Veterinary [1916] -
Year: 1916
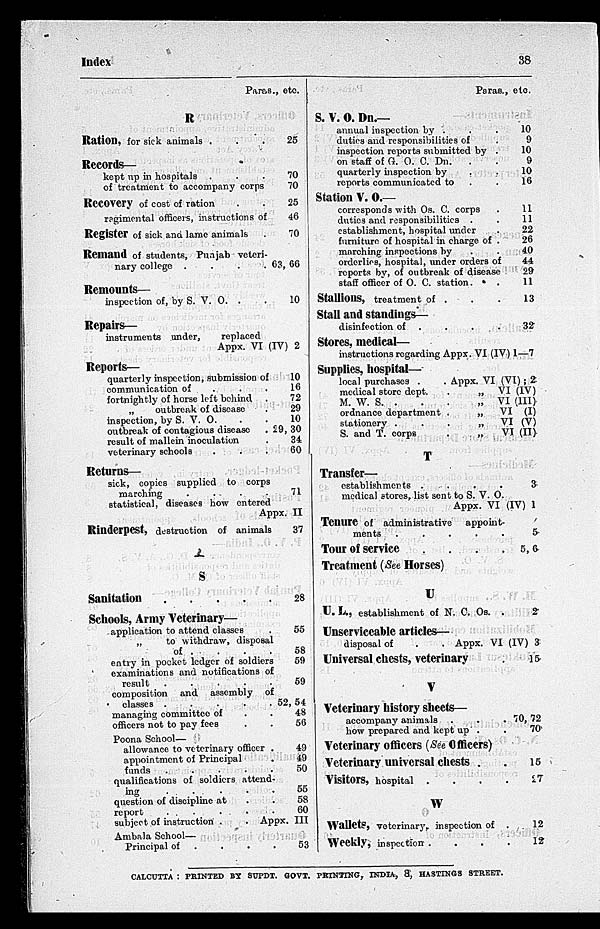
Index
38
Paras., etc.
R
Ration, for sick animals . . .
Records—
kept up in hospitals . . .
of treatment to accompany corps
Recovery of cost of ration . .
regimental officers, instructions of
Register of sick and lame animals .
Remand of students, Punjab veteri-
nary college .
.
.
.
Remounts—
inspection of, by S. V. O. .
Repairs—
instruments under,
replaced
25
70
70
25
46
70
63, 66
10
Appx. VI (IV) 2
Reports—
quarterly inspection, submission of
10
communication of . . .
fortnightly of horse left behind .
„
outbreak of disease .
inspection, by S. V. O.
outbreak of contagious disease
.
result of mallein inoculation .
veterinary schools . . .
Returns—
sick, copies supplied to corps
marching
.
.
.
.
statistical, diseases how entered
16
72
29
10
29, 30
34
60
71
Appx. II
Rinderpest, destruction of animals
S
Sanitation
.
.
.
.
.
Schools, Army Veterinary—
application to attend classes .
„
to withdraw, disposal
of . . . .
entry in pocket ledger of soldiers
examinations and notifications of
result
.
.
.
.
.
composition and assembly of
classes .
.
.
.
.
managing committee of . .
officers not to pay fees . .
Poona School—
allowance to veterinary officer .
appointment of Principal .
funds
.
.
.
.
.
qualifications of soldiers attend-
ing . . . .
question of discipline at . .
report
.
.
.
.
.
37
28
55
58
59
59
52, 54
48
56
49
49
50
55
58
60
subject of instruction .
. Appx. III
Ambala School—
Principal of . . . .
53
Paras., etc.
S. V. O. Dn.—
annual inspection by . . .
duties and responsibilities of .
inspection reports submitted by .
on staff of G. O. C. Dn.
. .
quarterly inspection by . .
reports communicated to . .
Station V. O.—
corresponds with Os. C. corps .
duties and responsibilities . .
establishment, hospital under .
furniture of hospital in charge of .
marching inspections by . .
orderlies, hospital, under orders of
reports by, of outbreak of disease
staff officer of O. C. station. . .
Stallions, treatment of . . .
Stall and standings—
disinfection of . . . .
Stores, medical—
10
9
10
9
10
16
11
11
22
26
40
44
29
11
13
32
instructions regarding Appx. VI (IV)1—7
Supplies, hospital—
local purchases .
. Appx. VI (VI) ; 2
medical store dept.
.
„ VI (IV)
M. W. S
.
.
.
„
VI (III)
ordnance department .
„
VI (I)
stationery ...
„
VI (V)
S. and T. corps
.
„
VI (II)
T
Transfer—
establishments . . . .
3
medical stores, list sent to S. V. O.
Appx. VI (IV) 1
Tenure of administrative
appoint-
ments
.
.
.
.
.
Tour of service
.
.
.
.
Treatment (See Horses)
U
U.L., establishment of N. C. Os. .
Unserviceable articles—
5
5, 6
2
disposal of
.
. Appx. VI (IV) 3
Universal chests, veterinary .
V
Veterinary history sheets—
accompany animals .
.
.
how prepared and kept up . .
Veterinary officers (See Officers)
Veterinary universal chests . .
Visitors, hospital
.
.
.
.
W
Wallets, veterinary, inspection of .
Weekly, inspection
.
.
.
.
15
70, 72
70
15
27
12
12
CALCUTTA : PRINTED BY SUPDT. GOVT. PRINTING, INDIA, &, HASTINGS STREET.